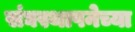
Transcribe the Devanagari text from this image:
संघस्थापनेच्या